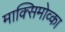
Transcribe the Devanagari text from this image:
माक्सिमोव्का